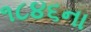
૧૮૪૬ના